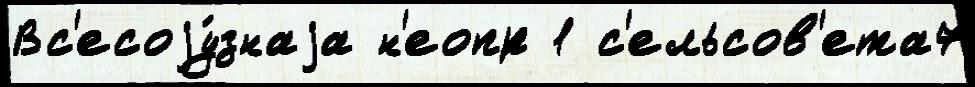
Вс'есоjу́знаjа н'еопр 1 с'ельсов'ета7